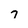
Character: 7